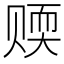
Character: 𬥻